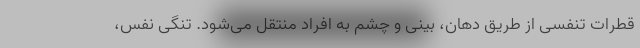
قطرات تنفسی از طریق دهان، بینی و چشم به افراد منتقل می‌شود. تنگی نفس،